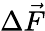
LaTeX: \Delta\vec{F}